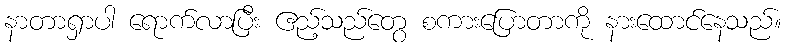
နာတာရှာပါ ရောက်လာပြီး ဧည့်သည်တွေ စကားပြောတာကို နားထောင်နေသည်။